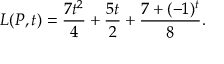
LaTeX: L ( P , t ) = { \frac { 7 t ^ { 2 } } { 4 } } + { \frac { 5 t } { 2 } } + { \frac { 7 + ( - 1 ) ^ { t } } { 8 } } .